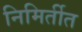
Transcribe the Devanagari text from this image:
निमिर्तीत